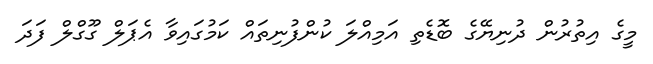
މީގެ އިތުރުން ދުނިޔޭގެ ބޮޑެތި އަމިއްލަ ކުންފުނިތައް ކަމުގައިވާ އެޕަލް ގޫގްލް ފަދަ